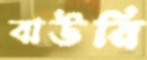
বাউরি